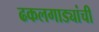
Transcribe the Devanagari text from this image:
ढकलगाड्यांची